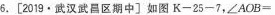
6.[2019·武汉武昌区期中]如图K-25-7，$$∠ A O B =